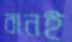
বানই